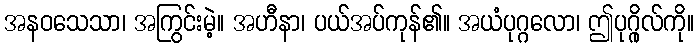
အနဝသေသာ၊ အကြွင်းမဲ့။ အဟီနာ၊ ပယ်အပ်ကုန်၏။ အယံပုဂ္ဂလော၊ ဤပုဂ္ဂိုလ်ကို။